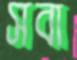
সবা